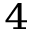
_ 4